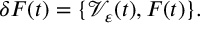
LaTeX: \delta F ( t ) = \{ \mathcal V _ { \varepsilon } ( t ) , F ( t ) \} .